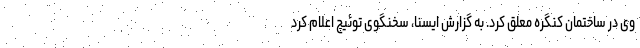
وی در ساختمان کنگره معلق کرد. به گزارش ایسنا، سخنگوی توئیچ اعلام کرد